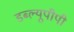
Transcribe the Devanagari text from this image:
डब्ल्यूपीपी